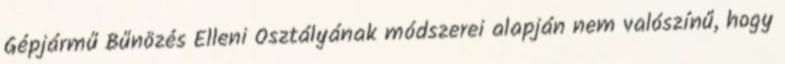
Gépjármű Bűnözés Elleni Osztályának módszerei alapján nem valószínű, hogy